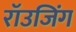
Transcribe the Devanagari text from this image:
रॉउजिंग